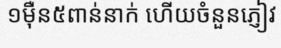
១ម៉ឺន៥ពាន់នាក់ ហើយចំនួនភ្ញៀវ